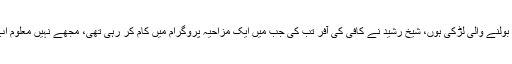
اس کا کہنا ہے کہ ” مجھے نہیں لگتا کہ میں جھوٹ بولنے والی لڑکی ہوں، شیخ رشید نے کافی کی آفر تب کی جب میں ایک مزاحیہ پروگرام میں کام کر رہی تھی، مجھے نہیں معلوم اب شیخ رشید اپنی آفر سے انکار کیوں کر رہے ہیں “۔